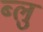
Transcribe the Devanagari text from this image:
ब्‍लु